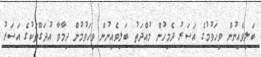
ބަލިވެއިނުން ވިހަވުމުގެ އަސަރު ދެމިހުން މުއްދަތު ބަލިވެއިނުން ވިހަވުމުން ދިމާވާ އުދަގޫތަކުގެ އަސަރު